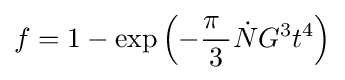
f=1-\exp \left(-{\frac {\pi \ }{3}}{\dot {N}}G^{3}t^{4}\right)\,\!